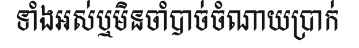
ទាំងអស់ឬមិនចាំបាច់ចំណាយប្រាក់